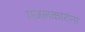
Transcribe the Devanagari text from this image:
गजलकारांना